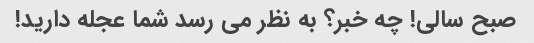
صبح سالی! چه خبر؟ به نظر می رسد شما عجله دارید!